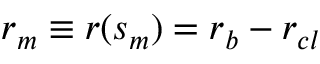
r _ { m } \equiv r ( s _ { m } ) = r _ { b } - r _ { c l }